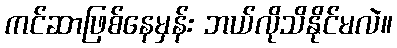
ကင်ဆာဖြစ်နေမှန်း ဘယ်လိုသိနိုင်မလဲ။